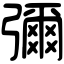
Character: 彌